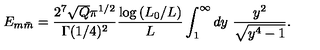
E _ { m \bar { m } } = { \frac { 2 ^ { 7 } \sqrt { Q } \pi ^ { 1 / 2 } } { \Gamma ( 1 / 4 ) ^ { 2 } } } { \frac { \log { ( L _ { 0 } / L ) } } { L } } \int _ { 1 } ^ { \infty } d y \ { \frac { y ^ { 2 } } { \sqrt { y ^ { 4 } - 1 } } } .